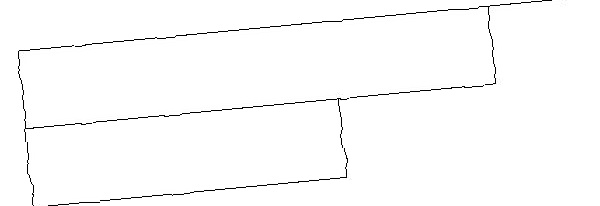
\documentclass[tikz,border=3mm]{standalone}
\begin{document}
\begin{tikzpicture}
\draw (1,12) rectangle (5,13);
\draw (8,14) rectangle (5,14);
\draw (1,13) rectangle (7,14);
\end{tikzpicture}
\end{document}